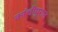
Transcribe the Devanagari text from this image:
कांचीपुरात